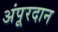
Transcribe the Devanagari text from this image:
अंपूरदान